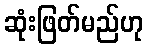
ဆုံးဖြတ်မည်ဟု